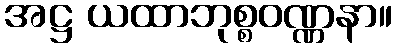
အဋ္ဌ ယထာဘုစ္စဝဏ္ဏနာ။